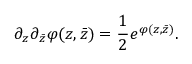
\partial _ { z } \partial _ { \bar { z } } \varphi ( z , \bar { z } ) = { \frac { 1 } { 2 } } e ^ { \varphi ( z , \bar { z } ) } .